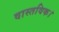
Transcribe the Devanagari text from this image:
वास्तविक।